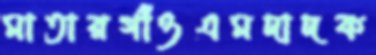
মাতারগাঁওএমদাদক